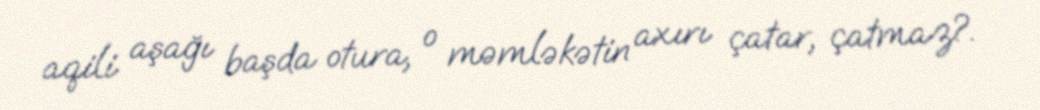
aqili aşağı başda otura, o məmləkətin axırı çatar, çatmaz?.